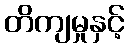
တိကျမှုနှင့်